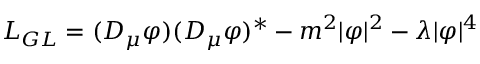
{ \cal L } _ { G L } = ( D _ { \mu } \varphi ) ( D _ { \mu } \varphi ) ^ { \ast } - m ^ { 2 } | \varphi | ^ { 2 } - \lambda | \varphi | ^ { 4 }